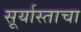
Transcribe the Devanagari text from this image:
सूर्यास्ताचा